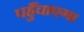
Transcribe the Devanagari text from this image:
पहुँचाएगा